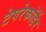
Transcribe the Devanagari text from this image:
टेपरेकॉर्डर